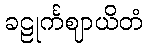
ခဠုင်္ကဈာယိတံ